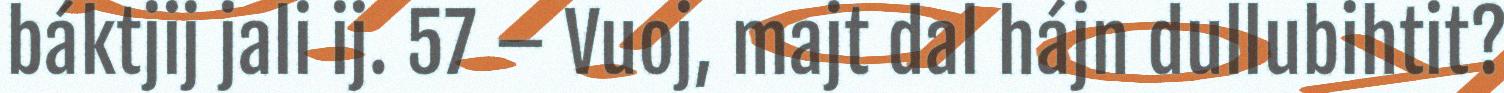
báktjij jali ij. 57 – Vuoj, majt dal hájn dullubihtit?